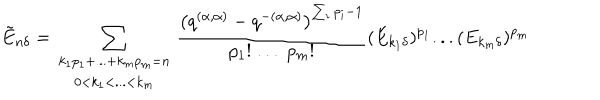
\tilde { E } _ { n \delta } = \sum _ { \begin{array} { c } { { k _ { 1 } p _ { 1 } + . . . + k _ { m } p _ { m } = n } } \\ { { 0 < k _ { 1 } < . . . < k _ { m } } } \\ \end{array} } \frac { \left( q ^ { ( \alpha , \alpha ) } - q ^ { - ( \alpha , \alpha ) } \right) ^ { \sum _ { i } p _ { i } - 1 } } { p _ { 1 } ! \; . . . \; p _ { m } ! } ( E _ { k _ { 1 } \delta } ) ^ { p _ { 1 } } . . . ( E _ { k _ { m } \delta } ) ^ { p _ { m } }